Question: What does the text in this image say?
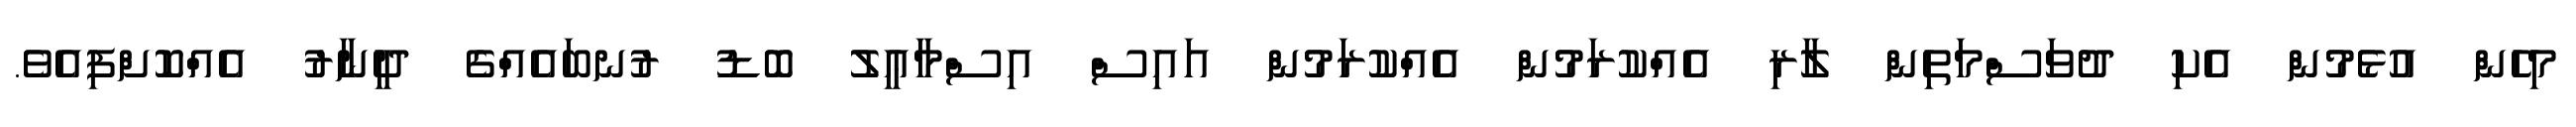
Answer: މިހެން އުޅެމުން އެކި ދުވަސްމަތިން ލާރި އެއްކުރަމުން އެއްކުރަމުން އައިސް އިސްމާޢީލު ބޮޑު ރުނބައެއްގެ ދީނާރު އެއްކޮށްފިއެވެ.